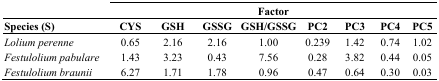
<table><thead><tr><td></td><td colspan="8"><b>Factor</b></td></tr><tr><td><b>Species (S)</b></td><td><b>CYS</b></td><td><b>GSH</b></td><td><b>GSSG</b></td><td><b>GSH/GSSG</b></td><td><b>PC2</b></td><td><b>PC3</b></td><td><b>PC4</b></td><td><b>PC5</b></td></tr></thead><tbody><tr><td><i>Lolium perenne</i></td><td>0.65</td><td>2.16</td><td>2.16</td><td>1.00</td><td>0.239</td><td>1.42</td><td>0.74</td><td>1.02</td></tr><tr><td><i>Festulolium pabulare</i></td><td>1.43</td><td>3.23</td><td>0.43</td><td>7.56</td><td>0.28</td><td>3.82</td><td>0.44</td><td>0.05</td></tr><tr><td><i>Festulolium braunii</i></td><td>6.27</td><td>1.71</td><td>1.78</td><td>0.96</td><td>0.47</td><td>0.64</td><td>0.30</td><td>0.03</td></tr></tbody></table>